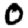
Digit: 0